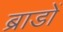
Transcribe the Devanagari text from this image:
ब्राडों